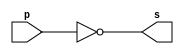
//----------------------
//Exemplo0010 - or
//Nome:Wender Zacarias Xavier
//Matrcula:427472
//----------------------

//----------------------
//--not gate
//----------------------

module notgate (output s, input p);
 assign s = ~p;//criar vinculo permanente
        		   //(dependencia)
endmodule // notgate

//----------------------
//--or gate
//----------------------

module orgate (output s, input p, input q, input r);
 assign s = p|q|r;	//criar vinculo permanente
        		   	//(dependencia)
endmodule // orgate

//----------------------
//--and gate
//----------------------

module andgate (output s, input p, input q, input r);
 assign s = (p & q & r);	//criar vinculo permanente
        		   	         //(dependencia)
endmodule // andgate

//----------------------
//--test or gate
//----------------------
module testorgate;
//----------------------dados locais
  reg a,b,c;    //definir registrador
  				//(variavel independente)
  wire s;	// definir conexao(fio)
   			//(variavel dependente)
//---------------------- instancia
  notgate NOTA(s1,a);
  notgate NOTB(s2,b);
  notgate NOTC(s3,c);
  andgate AND(s4,s1,s2,s3);
  notgate NOT(s,s4);
  
//---------------------- preparacao
 initial begin:start
  a=0; b=0; c=0;
 end
//---------------------- parte principal
 initial begin
   $display("Exemplo0009 - Wender Zacarias Xavier - 427472");
	$display("Test OR gate");
	$display("\na | b | c = s\n");
	$monitor("%b | %b | %b = %b",a,b,c,s);
#1 a=0; b=0; c=0;
#1 a=0; b=0; c=1;
#1 a=0; b=1; c=0;
#1 a=0; b=1; c=1;
#1 a=1; b=0; c=0;
#1 a=1; b=0; c=1;
#1 a=1; b=1; c=0;
#1 a=1; b=1; c=1;
		end

endmodule //testandgate


/** Resultados obtidos
   Test OR gate
    
    a | b | c = s
    
    0 | 0 | 0 = 0
    0 | 0 | 1 = 1
    0 | 1 | 0 = 1
    0 | 1 | 1 = 1
    1 | 0 | 0 = 1
    1 | 0 | 1 = 1
    1 | 1 | 0 = 1
    1 | 1 | 1 = 1
    
    						  
   **/